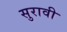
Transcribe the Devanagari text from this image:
सुरावी